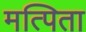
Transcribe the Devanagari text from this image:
मत्पिता